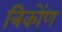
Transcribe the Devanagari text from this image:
त्रिकोंण